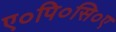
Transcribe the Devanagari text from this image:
ए०पि०सि०ए